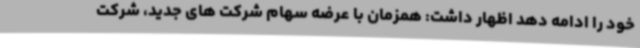
خود را ادامه دهد اظهار داشت: همزمان با عرضه سهام شرکت های جدید، شرکت